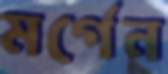
মর্গেন